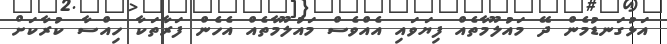
އަޅުގަނޑުމެން ދޭ މައުލޫމާތެެއް ފިޔަވަައި އެއްވެސް މައުލޫމާތެއް އެހެން ފަރާތަކާ ހިއްސާ ކުރާކަށް